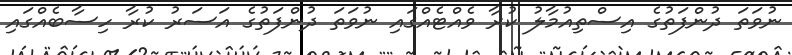
ނުވަތަ ދުންފަތުގެ އިސްތިއުމާލު ކުރާ ވެއްޓެއްގައި ނުވަތަ ދުންފަތުގެ އަސަރު ކުރާ ހިސާބެއްގައި